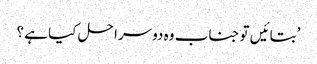
’بتائیں تو جناب وہ دوسرا حل کیا ہے ؟